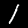
Label: 1